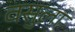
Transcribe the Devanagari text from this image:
वसुला